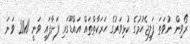
ރޯވިން ނުވަތަ ފަލިޖެހުމުގެ ކުޅިވަރުގެ ހަރަކާތްތައް އައްޑޫގައި ފަށާފައި ވަނީ 2011 ވަނަ